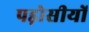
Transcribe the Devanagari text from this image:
पड़ोसीयों